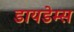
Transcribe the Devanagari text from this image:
डायडेम्स